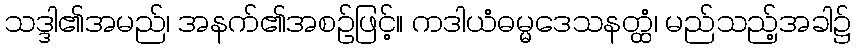
သဒ္ဒါ၏အမည်၊ အနက်၏အစဉ်ဖြင့်။ ကဒါယံဓမ္မဒေသနတ္ထံ၊ မည်သည့်အခါ၌